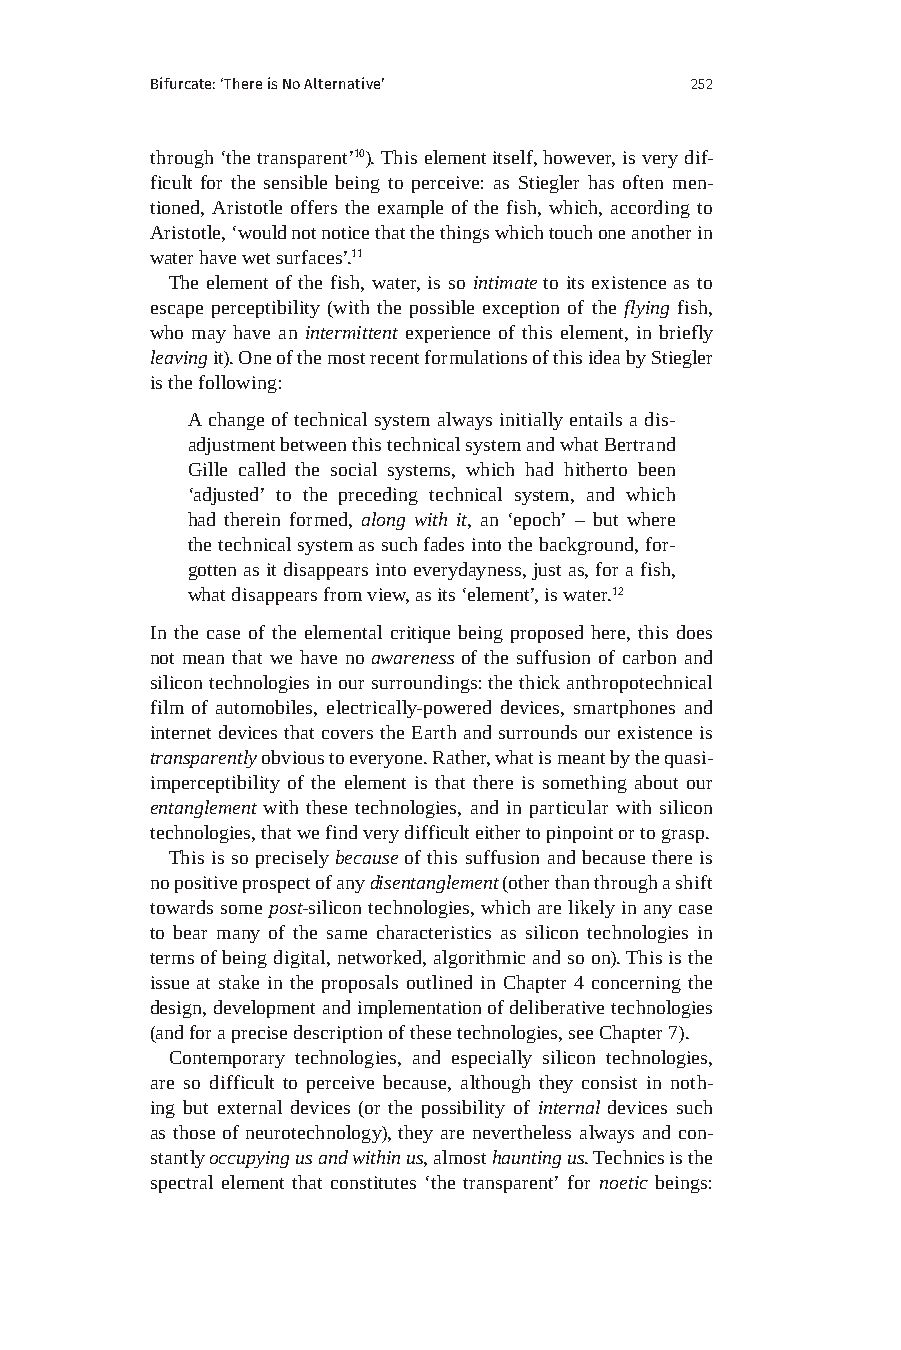
Bifurcate: ‘There is No Alternative’ 252
 through ‘the transparent’10). This element itself, however, is very dif-
 ficult for the sensible being to perceive: as Stiegler has often men-
 tioned, Aristotle offers the example of the fish, which, according to
 Aristotle, ‘would not notice that the things which touch one another in
 water have wet surfaces’.11
 The element of the fish, water, is so intimate to its existence as to
 escape perceptibility (with the possible exception of the flying fish,
 who may have an intermittent experience of this element, in briefly
 leaving it). One of the most recent formulations of this idea by Stiegler
 is the following:
 A change of technical system always initially entails a dis-
 adjustment between this technical system and what Bertrand
 Gille called the social systems, which had hitherto been
 ‘adjusted’ to the preceding technical system, and which
 had therein formed, along with it, an ‘epoch’ – but where
 the technical system as such fades into the background, for-
 gotten as it disappears into everydayness, just as, for a fish,
 what disappears from view, as its ‘element’, is water.12
 In the case of the elemental critique being proposed here, this does
 not mean that we have no awareness of the suffusion of carbon and
 silicon technologies in our surroundings: the thick anthropotechnical
 film of automobiles, electrically-powered devices, smartphones and
 internet devices that covers the Earth and surrounds our existence is
 transparently obvious to everyone. Rather, what is meant by the quasi-
 imperceptibility of the element is that there is something about our
 entanglement with these technologies, and in particular with silicon
 technologies, that we find very difficult either to pinpoint or to grasp.
 This is so precisely because of this suffusion and because there is
 no positive prospect of any disentanglement (other than through a shift
 towards some post-silicon technologies, which are likely in any case
 to bear many of the same characteristics as silicon technologies in
 terms of being digital, networked, algorithmic and so on). This is the
 issue at stake in the proposals outlined in Chapter 4 concerning the
 design, development and implementation of deliberative technologies
 (and for a precise description of these technologies, see Chapter 7).
 Contemporary technologies, and especially silicon technologies,
 are so difficult to perceive because, although they consist in noth-
 ing but external devices (or the possibility of internal devices such
 as those of neurotechnology), they are nevertheless always and con-
 stantly occupying us and within us, almost haunting us. Technics is the
 spectral element that constitutes ‘the transparent’ for noetic beings: